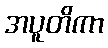
အပူတိကာ